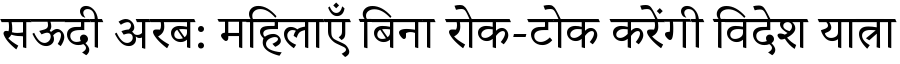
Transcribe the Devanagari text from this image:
सऊदी अरब: महिलाएँ बिना रोक-टोक करेंगी विदेश यात्रा